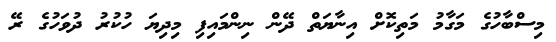
މިސްބާހުގެ މަގާމު މަތިކޮށް އިނާޔަތް ދޭން ނިންމައިފި މިދިޔަ ހުކުރު ދުވަހުގެ ރޭ